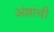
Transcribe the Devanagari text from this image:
अंशांची